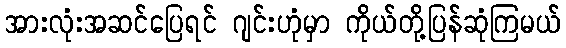
အားလုံးအဆင်ပြေရင် ဂျင်းဟုံမှာ ကိုယ်တို့ပြန်ဆုံကြမယ်